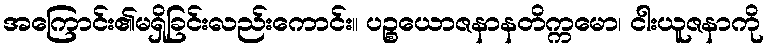
အကြောင်း၏မရှိခြင်းလည်းကောင်း။ ပဉ္စယောဇနာနတိက္ကမော၊ ငါးယူဇနာကို